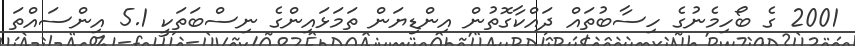
2001 ގެ ބޯހިމެނުގެ ހިސާބުތައް ދައްކާގޮތުން އިންޑިޔަން ތަމަޅައިންގެ ނިސްބަތަކީ 5.1 އިންސައްތަ